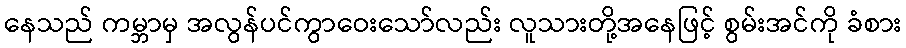
နေသည် ကမ္ဘာမှ အလွန်ပင်ကွာဝေးသော်လည်း လူသားတို့အနေဖြင့် စွမ်းအင်ကို ခံစား